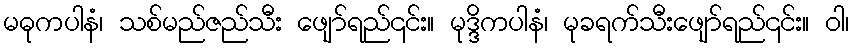
မဓုကပါနံ၊ သစ်မည်ဇည်သီး ဖျော်ရည်၎င်း။ မုဒ္ဒိကပါနံ၊ မုခရက်သီးဖျော်ရည်၎င်း။ ဝါ၊